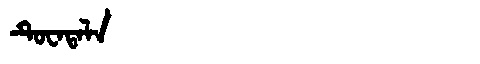
Manchu: ᡨᡠᠸᠠᡨᠠᠯᠠ
Romanization: TUWATALA